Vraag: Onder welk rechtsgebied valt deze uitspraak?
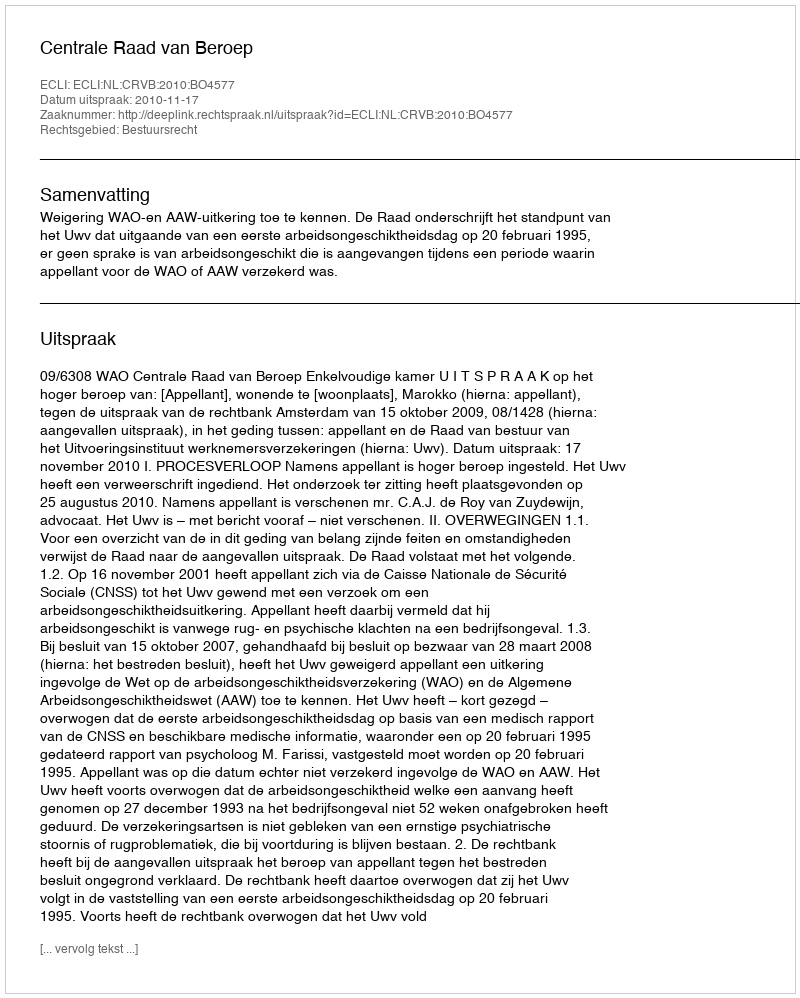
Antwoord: Bestuursrecht